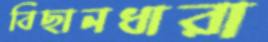
বিছানধারা